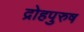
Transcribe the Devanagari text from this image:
द्रोहपुरुष